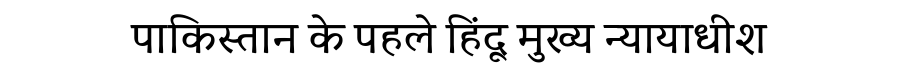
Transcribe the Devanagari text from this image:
पाकिस्तान के पहले हिंदू मुख्य न्यायाधीश